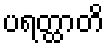
ပရတ္ထာတိ